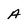
Character: A